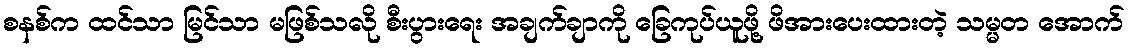
စနစ်က ထင်သာ မြင်သာ မဖြစ်သလို စီးပွားရေး အချက်ချာကို ခြေကုပ်ယူဖို့ ဖိအားပေးထားတဲ့ သမ္မတ အောက်